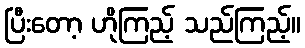
ပြီးတော့ ဟိုကြည့် သည်ကြည့်။